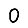
Digit: 0